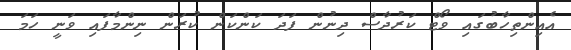
އެއިންތިހާބުގައި ވޯޓް ކަރުދާސް ދިނުން ފަދަ ކަންކަން ކުރަން ނިންމާފައި ވަނީ ހަމަ